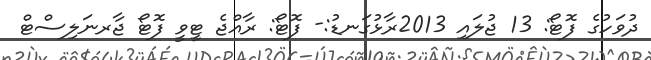
ދުވަހުގެ ފޮޓޯ: 13 ޖުލައި 2013ރާޅުގަނޑު:- ފޮޓޯ: ރާއްޖެ ޓީވީ ފޮޓޯ ޖާރނަލިސްޓް